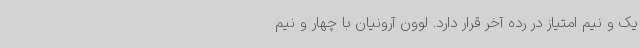
یک و نیم امتیاز در رده آخر قرار دارد. لوون آرونیان با چهار و نیم